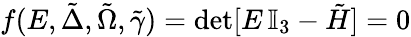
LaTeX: f(E,\tilde{\Delta},\tilde{\Omega},\tilde{\gamma})=\mathrm{det}[E\, \mathbb{I}_{3}-\tilde{H}]=0